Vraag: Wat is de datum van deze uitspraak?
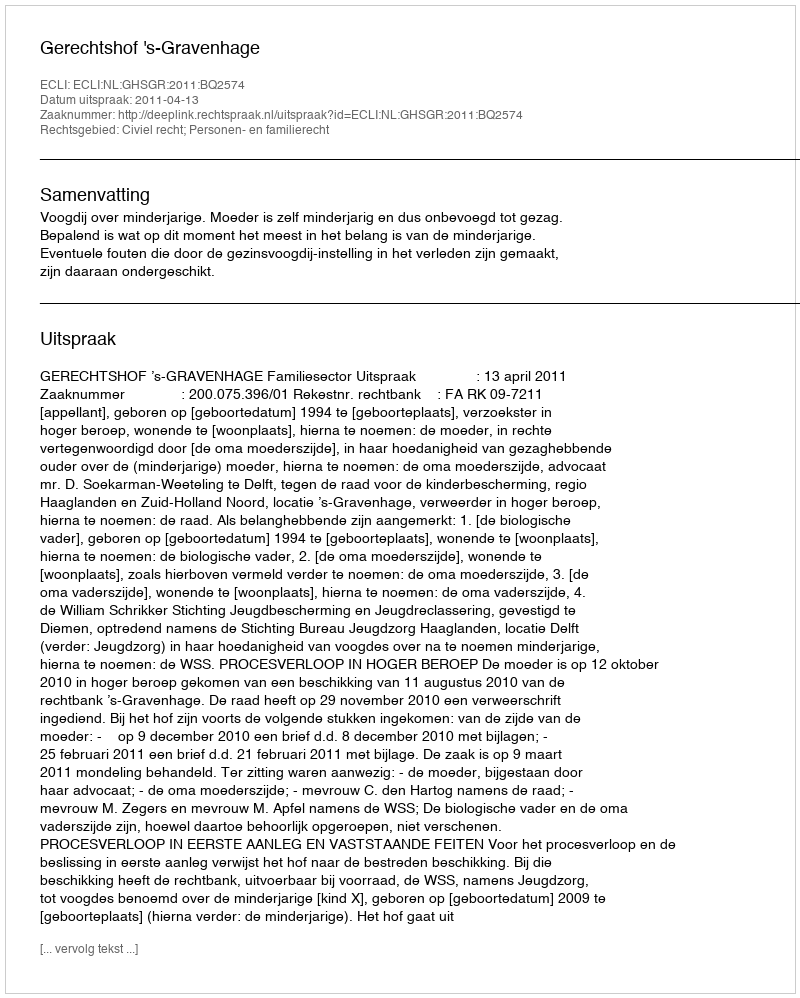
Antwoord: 2011-04-13